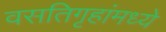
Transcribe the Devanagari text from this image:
वसतिगृहांमध्ये